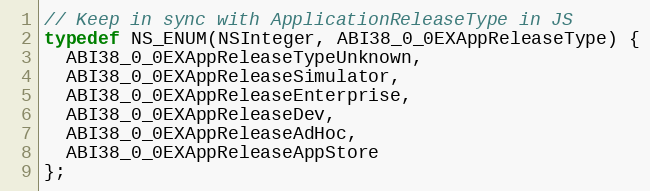
Language: C
// Keep in sync with ApplicationReleaseType in JS
typedef NS_ENUM(NSInteger, ABI38_0_0EXAppReleaseType) {
  ABI38_0_0EXAppReleaseTypeUnknown,
  ABI38_0_0EXAppReleaseSimulator,
  ABI38_0_0EXAppReleaseEnterprise,
  ABI38_0_0EXAppReleaseDev,
  ABI38_0_0EXAppReleaseAdHoc,
  ABI38_0_0EXAppReleaseAppStore
};